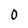
Character: 0